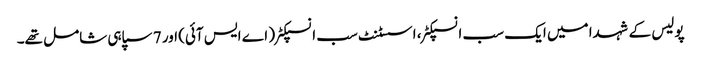
پولیس کے شہدا میں ایک سب انسپکٹر، اسسٹنٹ سب انسپکٹر ( اے ایس آئی) اور 7 سپاہی شامل تھے۔